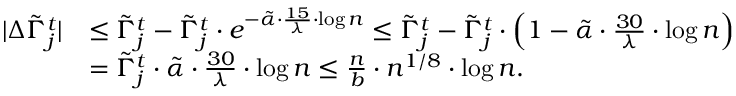
\begin{array} { r l } { | \Delta \tilde { \Gamma } _ { j } ^ { t } | } & { \leq \tilde { \Gamma } _ { j } ^ { t } - \tilde { \Gamma } _ { j } ^ { t } \cdot e ^ { - \tilde { \alpha } \cdot \frac { 1 5 } { \lambda } \cdot \log n } \leq \tilde { \Gamma } _ { j } ^ { t } - \tilde { \Gamma } _ { j } ^ { t } \cdot \Big ( 1 - \tilde { \alpha } \cdot \frac { 3 0 } { \lambda } \cdot \log n \Big ) } \\ & { = \tilde { \Gamma } _ { j } ^ { t } \cdot \tilde { \alpha } \cdot \frac { 3 0 } { \lambda } \cdot \log n \leq \frac { n } { b } \cdot n ^ { 1 / 8 } \cdot \log n . } \end{array}